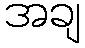
အချ